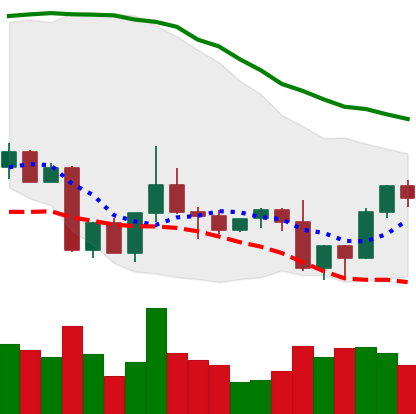
Ticker: TRX-USD
Chart end date: 2022-09-11
Forward return: -4.378%
Label: down_3_5